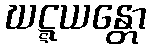
ဃဋ္ဋယန္တော